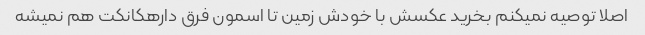
اصلا توصیه نمیکنم بخرید عکسش با خودش زمین تا اسمون فرق دارهکانکت هم نمیشه